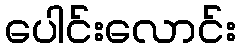
ပေါင်းလောင်း